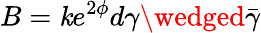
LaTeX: B=\mathit{k}e^{2\phi}d\gamma\wedged\bar{{\gamma}}